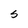
Character: S